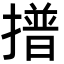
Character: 𭢞